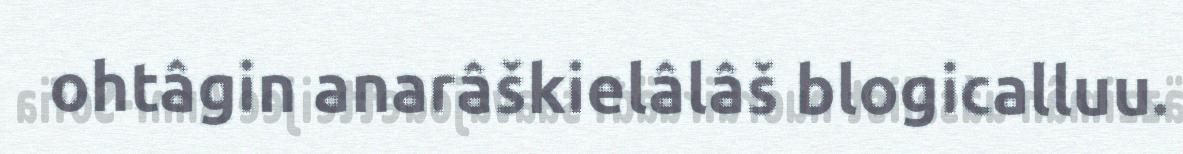
ohtâgin anarâškielâlâš blogicalluu.